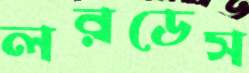
লরডেস